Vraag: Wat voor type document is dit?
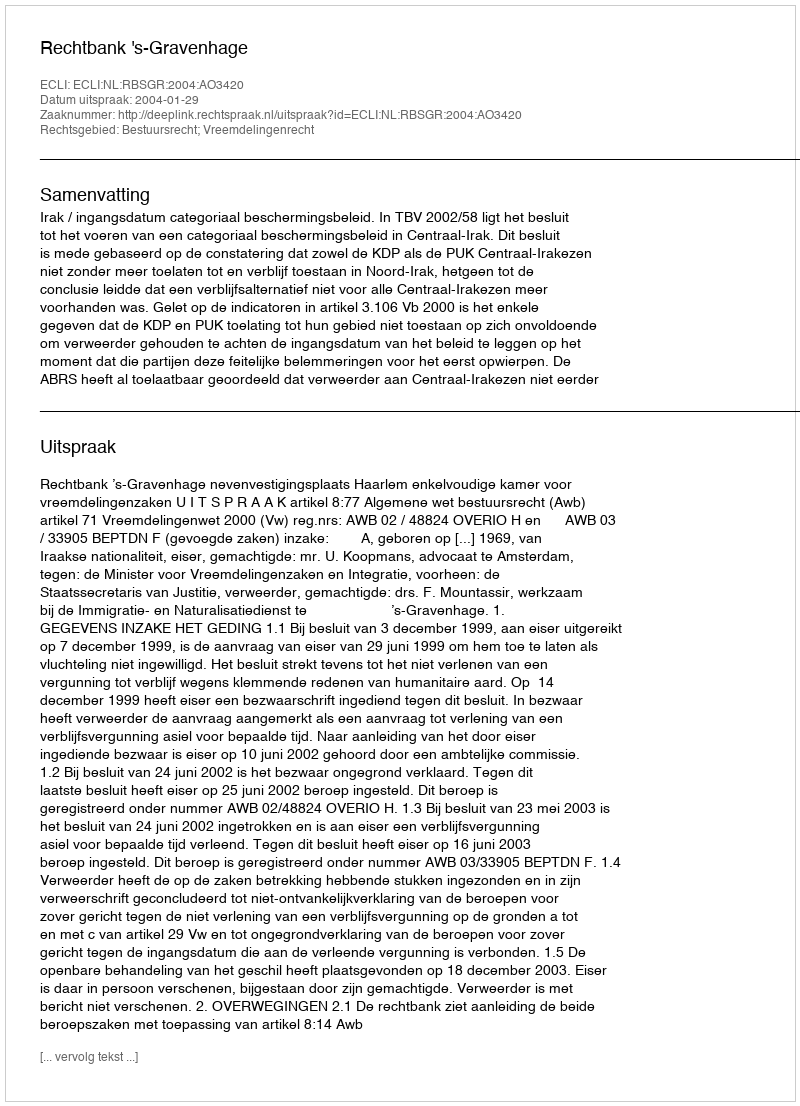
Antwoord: Uitspraak